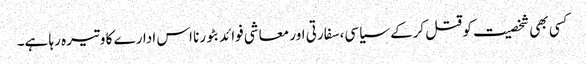
کسی بھی شخصیت کو قتل کرکے سیاسی، سفارتی اور معاشی فوائد بٹورنا اس ادارے کا وتیرہ رہا ہے۔